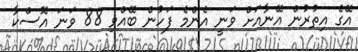
އޭގެ އިތުރުން އޭނާއަށް ވަނީ އެންމެ ފަހުން ބޭއްވި 88 ވަނަ އޮސްކާ